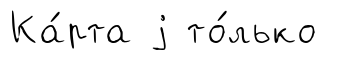
Ка́рта j то́лько